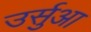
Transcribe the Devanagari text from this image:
उर्सुआ